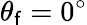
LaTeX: \theta_{\mathsf{f}}=0^{\circ}